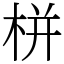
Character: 栟